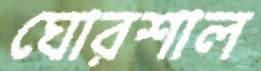
ঘোরশাল